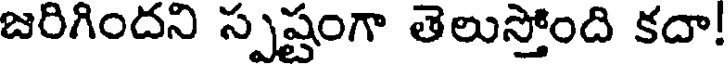
జరిగిందని స్పష్టంగా తెలుస్తోంది కదా!